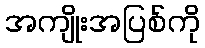
အကျိုးအပြစ်ကို